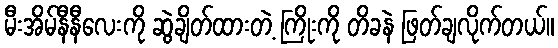
မီးအိမ်နီနီလေးကို ဆွဲချိတ်ထားတဲ့ ကြိုးကို တိခနဲ ဖြတ်ချလိုက်တယ်။